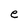
Character: e